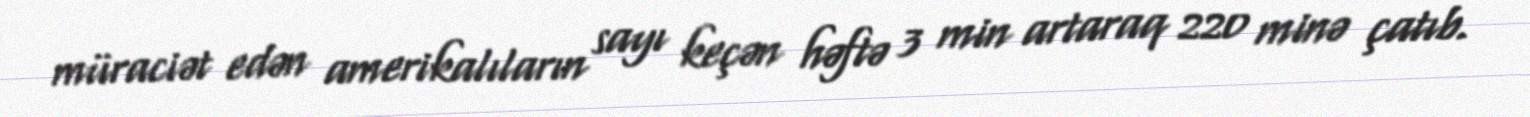
müraciət edən amerikalıların sayı keçən həftə 3 min artaraq 220 minə çatıb.